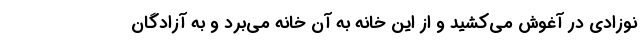
نوزادی در آغوش می‌کشید و از این خانه به آن خانه می‌برد و به آزادگان